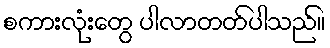
စကားလုံးတွေ ပါလာတတ်ပါသည်။